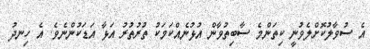
އެ ސުވާލުކޮށްލެވުނީ ކިތަންމެ ސާބިތުވާން އުޅުނެއްކަމަކު ތުރުތުރު އަޅާ އަޑަކުންނެވެ. އެ ހިނދު